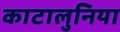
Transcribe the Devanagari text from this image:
काटालुनिया